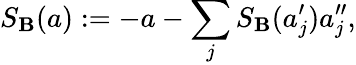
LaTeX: S_{\mathbf{B}}(a):=-a-\sum_{j}S_{\mathbf{B}}(a_{j}^{\prime})a_{j}^{\prime\prime},